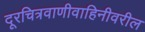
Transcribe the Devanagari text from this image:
दूरचित्रवाणीवाहिनीवरील